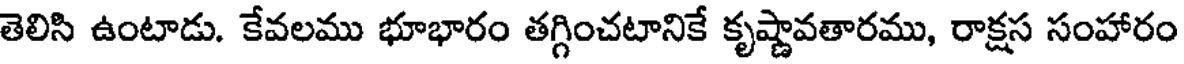
తెలిసి ఉంటాడు. కేవలము భూభారం తగ్గించటానికే కృష్ణావతారము, రాక్షస సంహారం